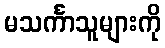
မသင်္ကာသူများကို